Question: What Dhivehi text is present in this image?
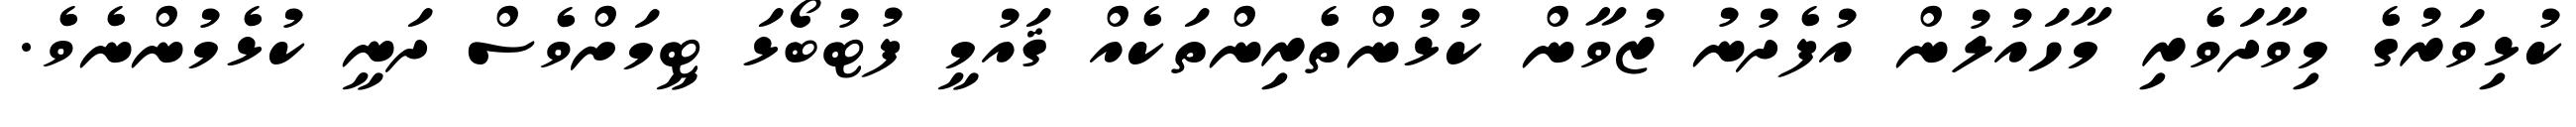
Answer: ކުޅިވަރުގެ މިވާދަވެރި މާހައުލުން އުފެދުނު ޒުވާން ކުޅުންތެރިންތަކެއް ޤައުމީ ފުޓުބޯޅަ ޓީމަށްވެސް ދަނީ ކުޅެމުންނެވެ.